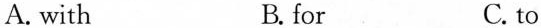
A. with B.for C. to